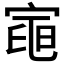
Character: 𭔌